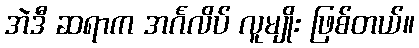
အဲဒီ ဆရာက အင်္ဂလိပ် လူမျိုး ဖြစ်တယ်။